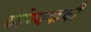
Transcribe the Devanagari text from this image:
व्यंग्यकवी